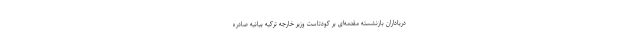
دریاداران بازنشسته مقدمه‌ای بر کودتاست وزیر خارجه ترکیه بیانیه صادره